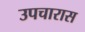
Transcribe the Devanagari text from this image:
उपचारास